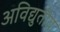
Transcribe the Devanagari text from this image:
अविद्युतीय